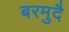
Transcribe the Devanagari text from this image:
बरमुदै